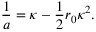
\frac { 1 } { a } = \kappa - \frac { 1 } { 2 } r _ { 0 } \kappa ^ { 2 } .